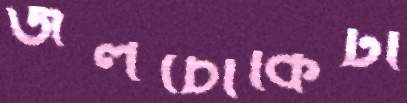
জলচৌকিটা